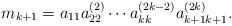
LaTeX: \begin{align*}m_{k+1}=a_{11}a^{(2)}_{22}\cdots a^{(2k-2)}_{kk}a^{(2k)}_{k+1k+1}.\end{align*}